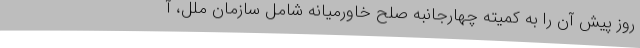
روز پیش آن را به کمیته چهارجانبه صلح خاورمیانه شامل سازمان ملل، آ